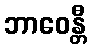
ဘာဝေန္တီ